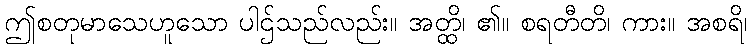
ဤစတုမာသေဟူသော ပါဌ်သည်လည်း။ အတ္ထိ၊ ၏။ စရတီတိ၊ ကား။ အစရိ၊